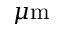
\mu \mathrm { m }